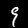
Digit: 9